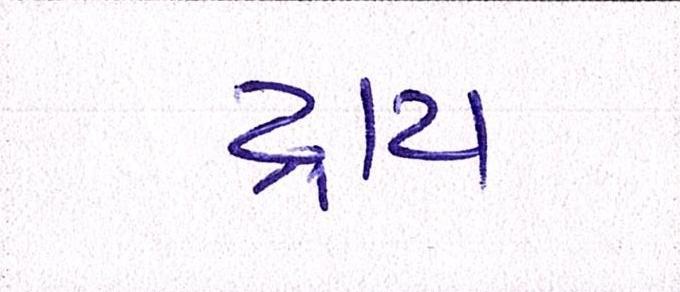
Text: ટ્રાય